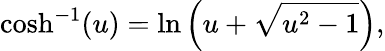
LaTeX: \cosh^{-1}(u)=\ln\left(u+\sqrt{u^{2}-1}\right),